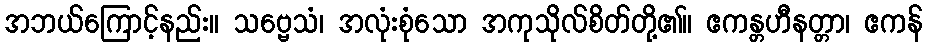
အဘယ်ကြောင့်နည်း။ သဗ္ဗေသံ၊ အလုံးစုံသော အကုသိုလ်စိတ်တို့၏။ ဧကန္တဟီနတ္တာ၊ ဧကန်